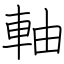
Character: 軸